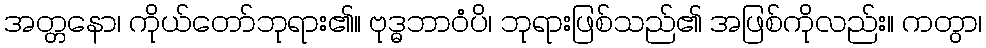
အတ္တနော၊ ကိုယ်တော်ဘုရား၏။ ဗုဒ္ဓဘာဝံပိ၊ ဘုရားဖြစ်သည်၏ အဖြစ်ကိုလည်း။ ကတွာ၊